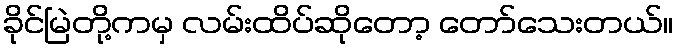
ခိုင်မြဲတို့ကမှ လမ်းထိပ်ဆိုတော့ တော်သေးတယ်။